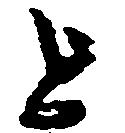
を